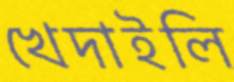
খেদাইলি